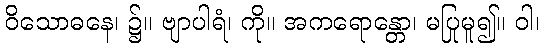
ဝိသောဓနေ၊ ၌။ ဗျာပါရံ၊ ကို။ အကရောန္တော၊ မပြုမူ၍။ ဝါ၊